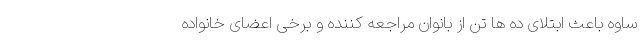
ساوه باعث ابتلای ده ها تن از بانوان مراجعه کننده و برخی اعضای خانواده